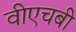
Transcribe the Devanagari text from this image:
वीएचबी